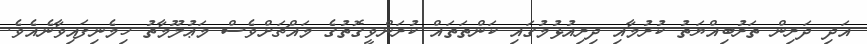
އަދި ދަރިން ތަރުބިއްޔަތު ކުރުމާއި ދިރިއުޅުމުގައި ކަންތަތައް ކުރަންވީގޮތުގެ މައްޗަށްވެސް މަޢުލޫމާތު ހިމެނިފައިވާނެއެވެ.